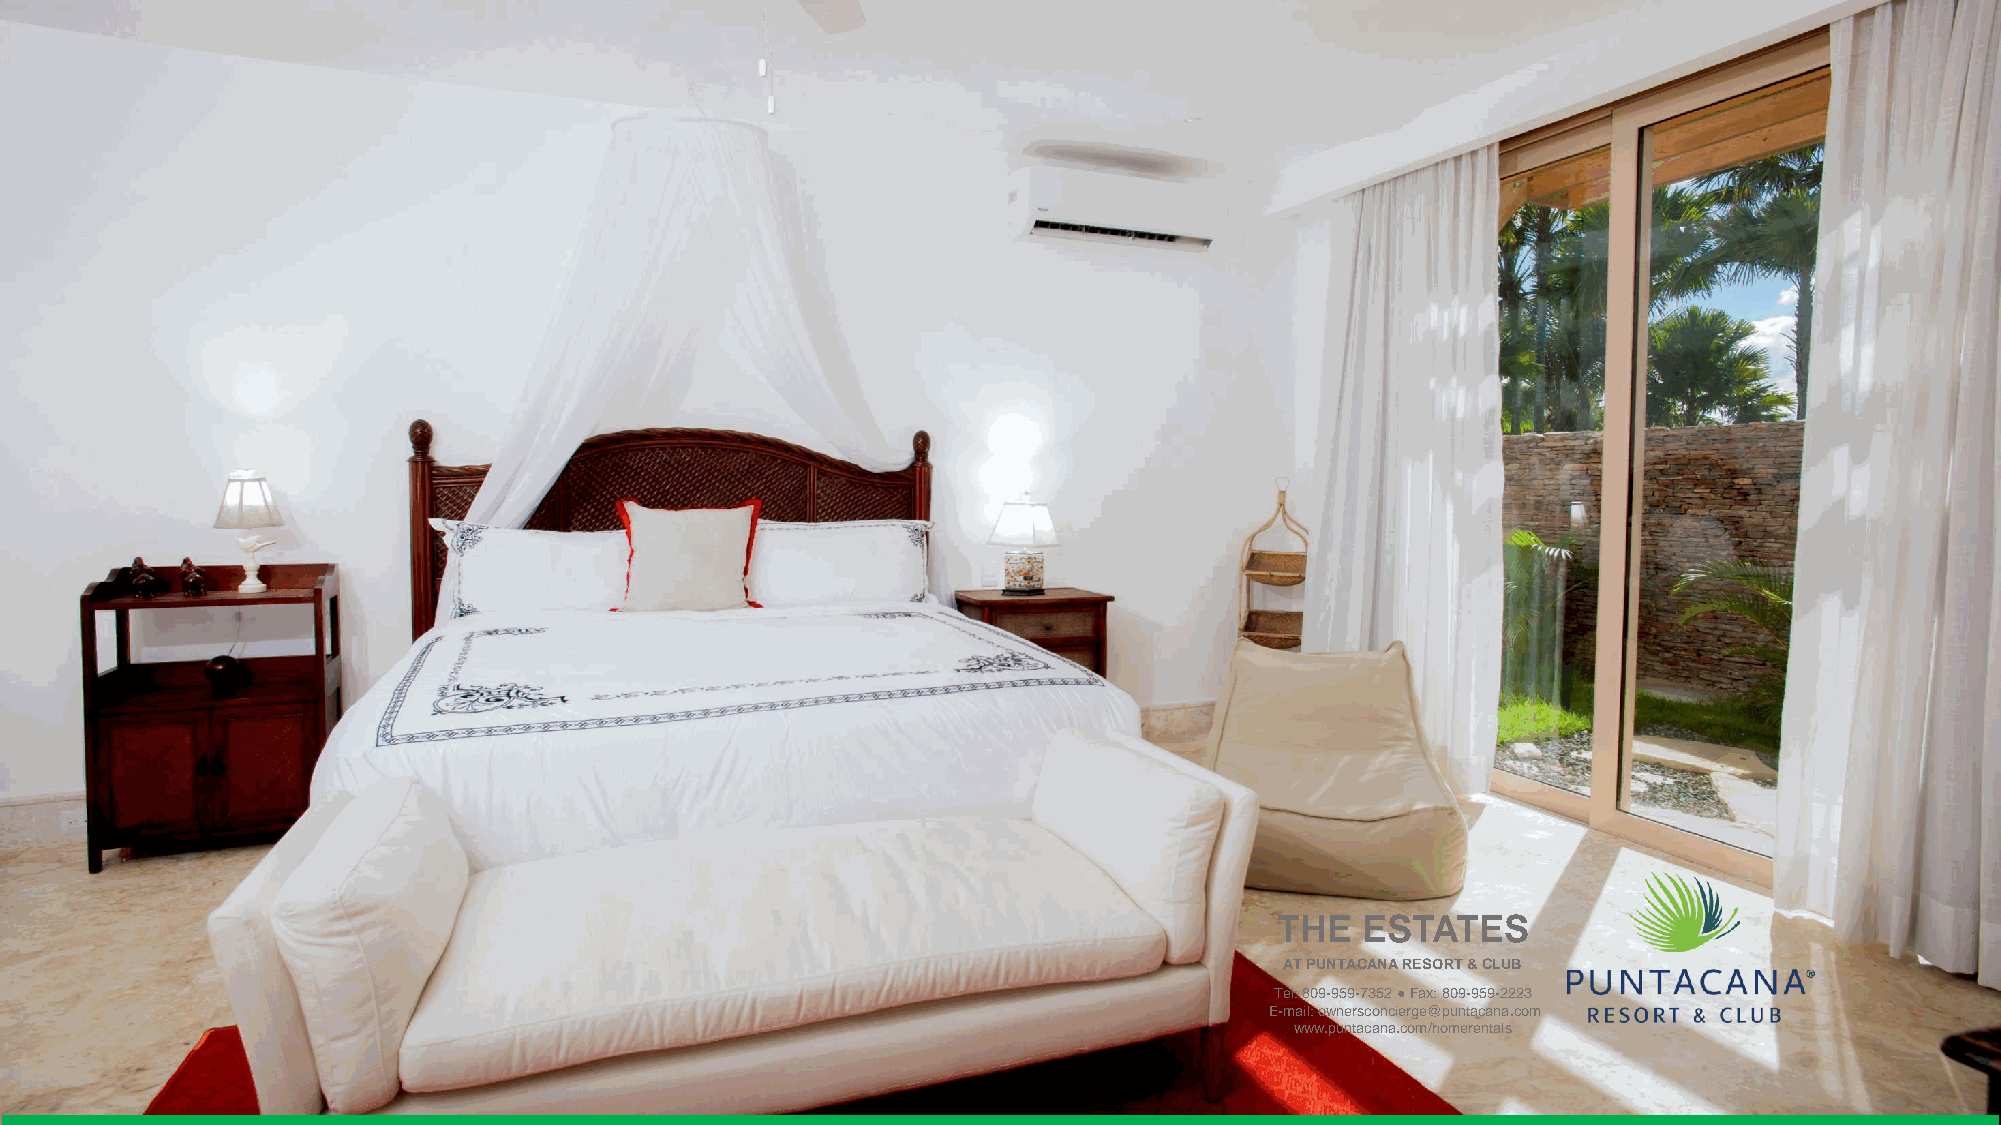
CORALES  42                           SUITE 4: QUEEN   SIZE BED
 THE  ESTATES
 THE   ESTATES
 AT PUNTACANA RESORT & CLUB
 AT PUNTACANA RESORT & CLUB
 Tel: 809-959-7352 ●Fax: 809-959-2223
 ET-eml:a 8il0: 9o-w9n5e9r-s7c3o5n2c i●erFgaex@: 8p0u9n-t9a5ca9n-2a2.c2o3m
 E-mwaiwl: wo.wpnuenrtsaccoanncai.ecrogme@/hopmunetraecnatnaals.com
 www.puntacana.com/homerentals